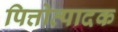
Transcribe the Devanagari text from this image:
पित्तोत्पादक